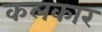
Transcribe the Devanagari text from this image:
कलकार